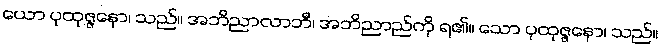
ယော ပုထုဇ္ဇနော၊ သည်။ အဘိညာလာဘီ၊ အဘိညာည်ကို ရ၏။ သော ပုထုဇ္ဇနော၊ သည်။